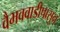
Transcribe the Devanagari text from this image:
वैभववाडीपासुन